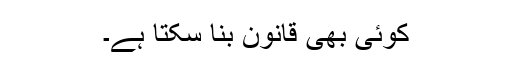
کوئی بھی قانون بنا سکتا ہے۔